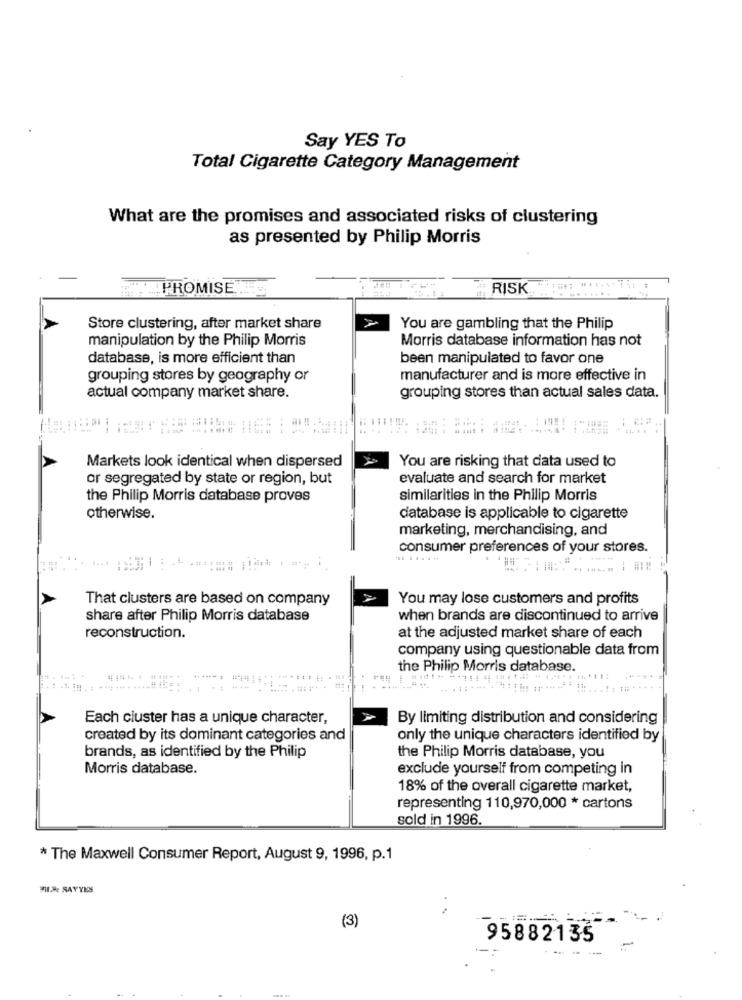
Say YES To
Total Cigarette Category Management
What are the promises and associated risks of clustering
as presented by Philip Morris
PROMISE
# RISK ***
Store clustering, after market share
You are gambling that the Philip
manipulation by the Philip Morris
Morris database information has not
database, is more efficient than
been manipulated to favor one
grouping stores by geography or
manufacturer and is more effective in
actual company market share.
grouping stores than actual sales data.
Markets look identical when dispersed
You are risking that data used to
or segregated by state or region, but
evaluate and search for market
the Philip Morris database proves
similarities in the Philip Morris
otherwise.
database is applicable to cigarette
marketing, merchandising, and
consumer preferences of your stores.
........
That clusters are based on company
You may lose customers and profits
share after Philip Morris database
when brands are discontinued to arrive
reconstruction.
at the adjusted market share of each
company using questionable data from
the Philip Morris database.
Each cluster has a unique character,
By limiting distribution and considering
created by its dominant categories and
only the unique characters identified by
brands, as identified by the Philip
the Philip Morris database, you
Morris database.
exclude yourself from competing in
18% of the overall cigarette market,
representing 110,970,000 * cartons
sold in 1996.
* The Maxwell Consumer Report, August 9, 1996, p.1
MIIKE SAYYES
..
(3)
95882135